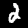
Label: 2